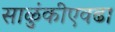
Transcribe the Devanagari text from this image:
साळुंकीएवढा